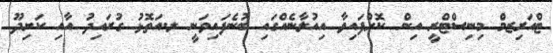
ޓްއަރިޒމް މިނިސްޓްރީ އިން ކޮށްފައިވާ އިއުލާނެއްގައި ބުނެފައިވަނީ ލ.އަތޮޅު ގުރައިދު އާއި ކަށިދޫ